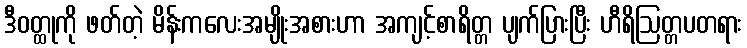
ဒီဝတ္ထုကို ဖတ်တဲ့ မိန်းကလေးအမျိုးအစားဟာ အကျင့်စာရိတ္တ ပျက်ပြားပြီး ဟီရိဩတ္တပတရား